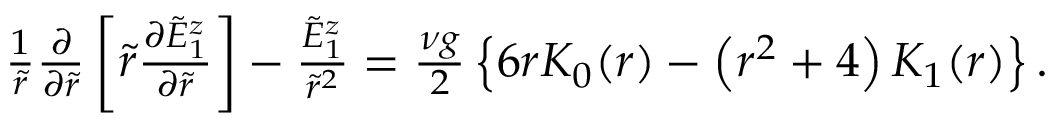
\begin{array} { r } { \frac { 1 } { \tilde { r } } \frac { \partial } { \partial \tilde { r } } \left[ \tilde { r } \frac { \partial \tilde { E } _ { 1 } ^ { z } } { \partial \tilde { r } } \right] - \frac { \tilde { E } _ { 1 } ^ { z } } { \tilde { r } ^ { 2 } } = \frac { \nu g } { 2 } \left\{ 6 r K _ { 0 } ( r ) - \left( r ^ { 2 } + 4 \right) K _ { 1 } ( r ) \right\} . } \end{array}